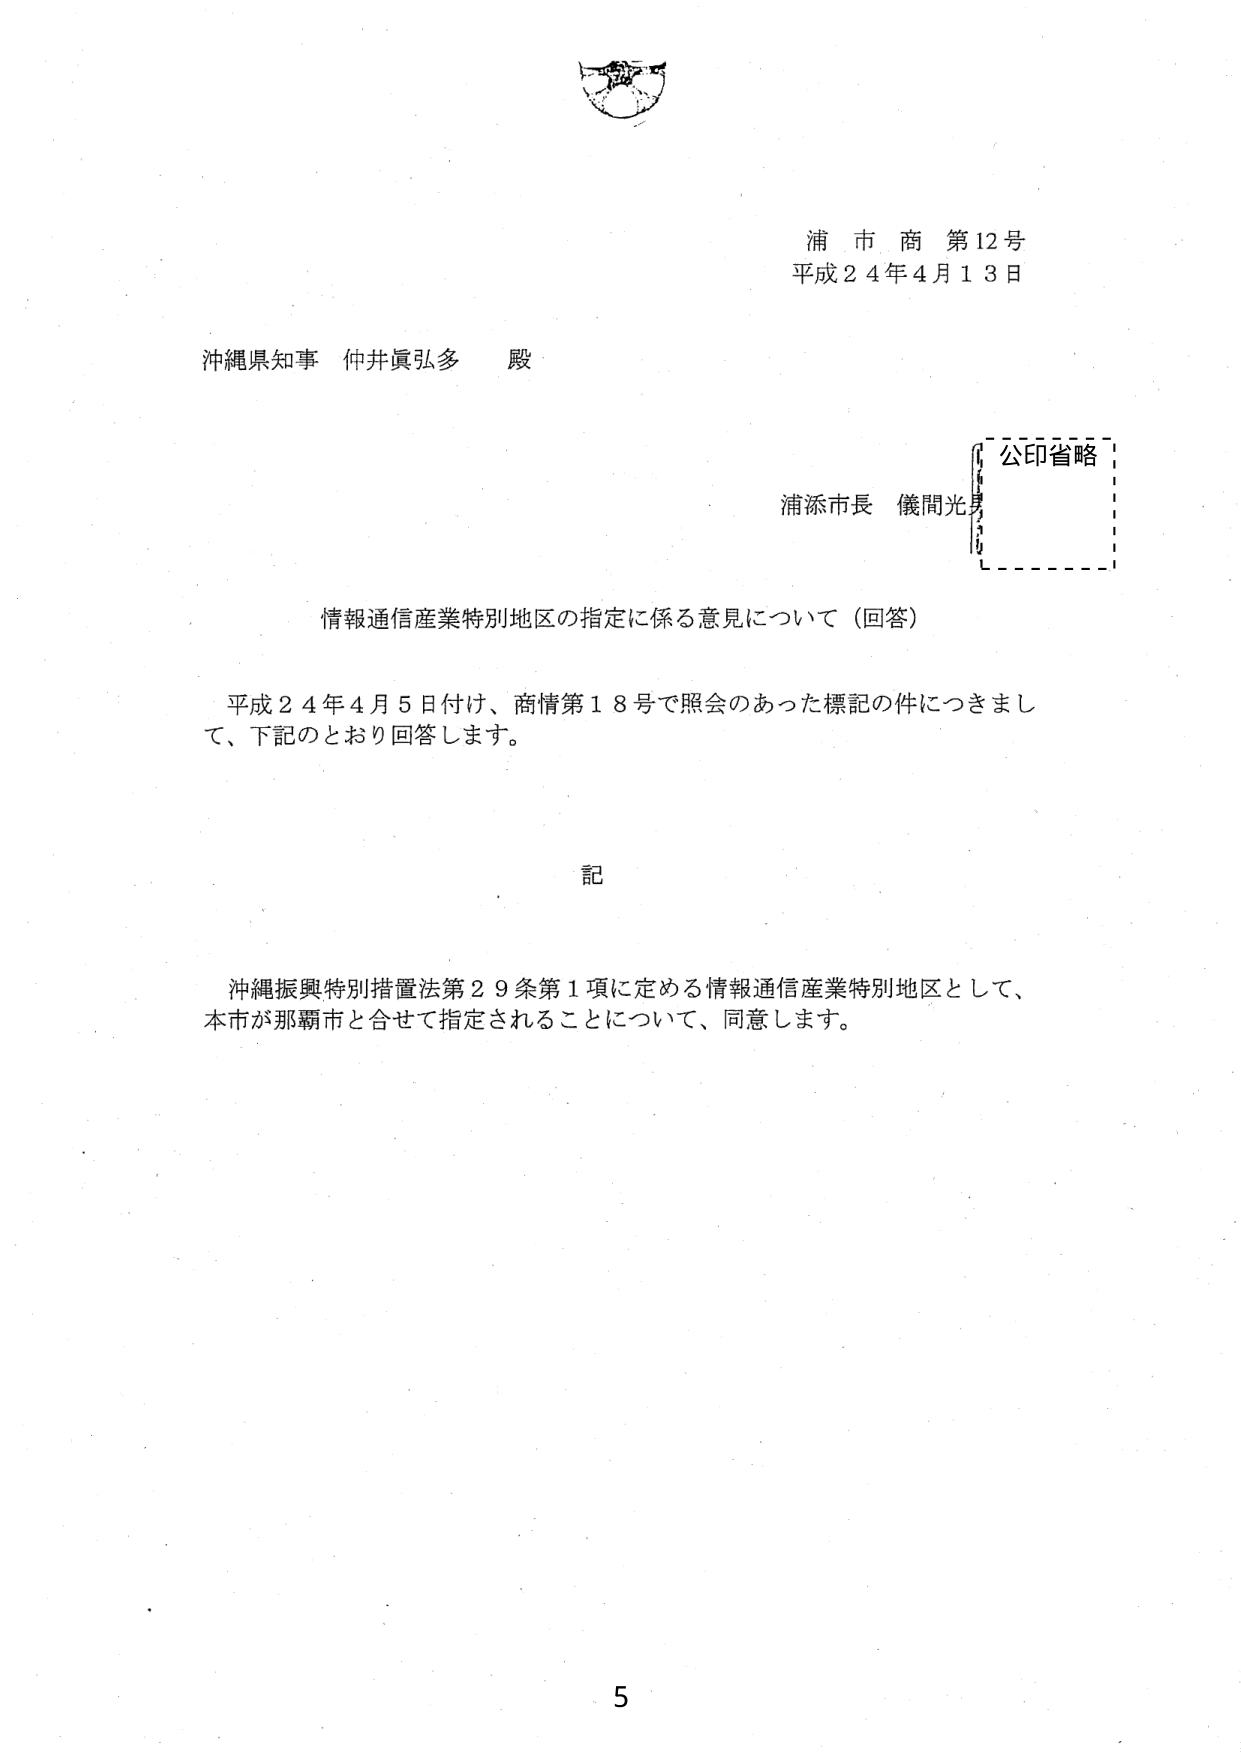
浦市商第12号
平成24年4月13日

沖縄県知事 仲井眞弘多 殿

浦添市長 儀間光男
公印省略

情報通信産業特別地区の指定に係る意見について（回答）

平成24年4月5日付け、商情第18号で照会のあった標記の件につきまして、下記のとおり回答します。

記

沖縄振興特別措置法第29条第1項に定める情報通信産業特別地区として、本市が那覇市と合せて指定されることについて、同意します。

5